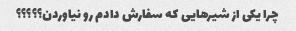
چرا یکی از شیرهایی که سفارش دادم رو نیاوردن؟؟؟؟؟